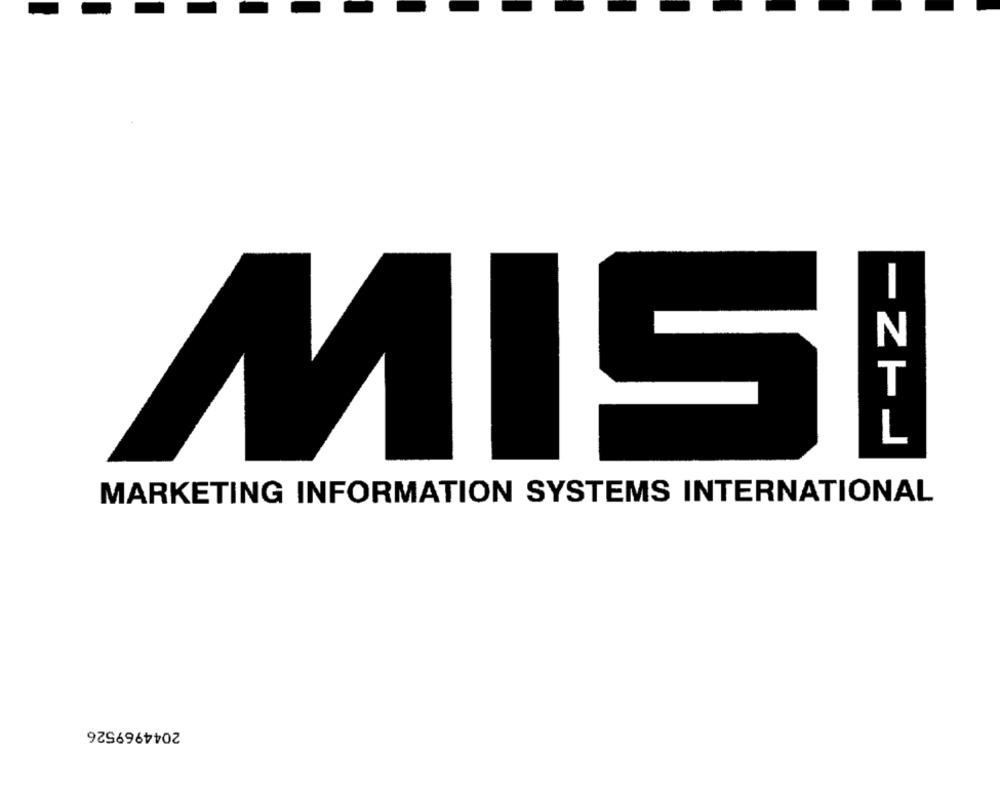
N
T
IL
1IS
MARKETING INFORMATION SYSTEMS INTERNATIONAL
2044969526